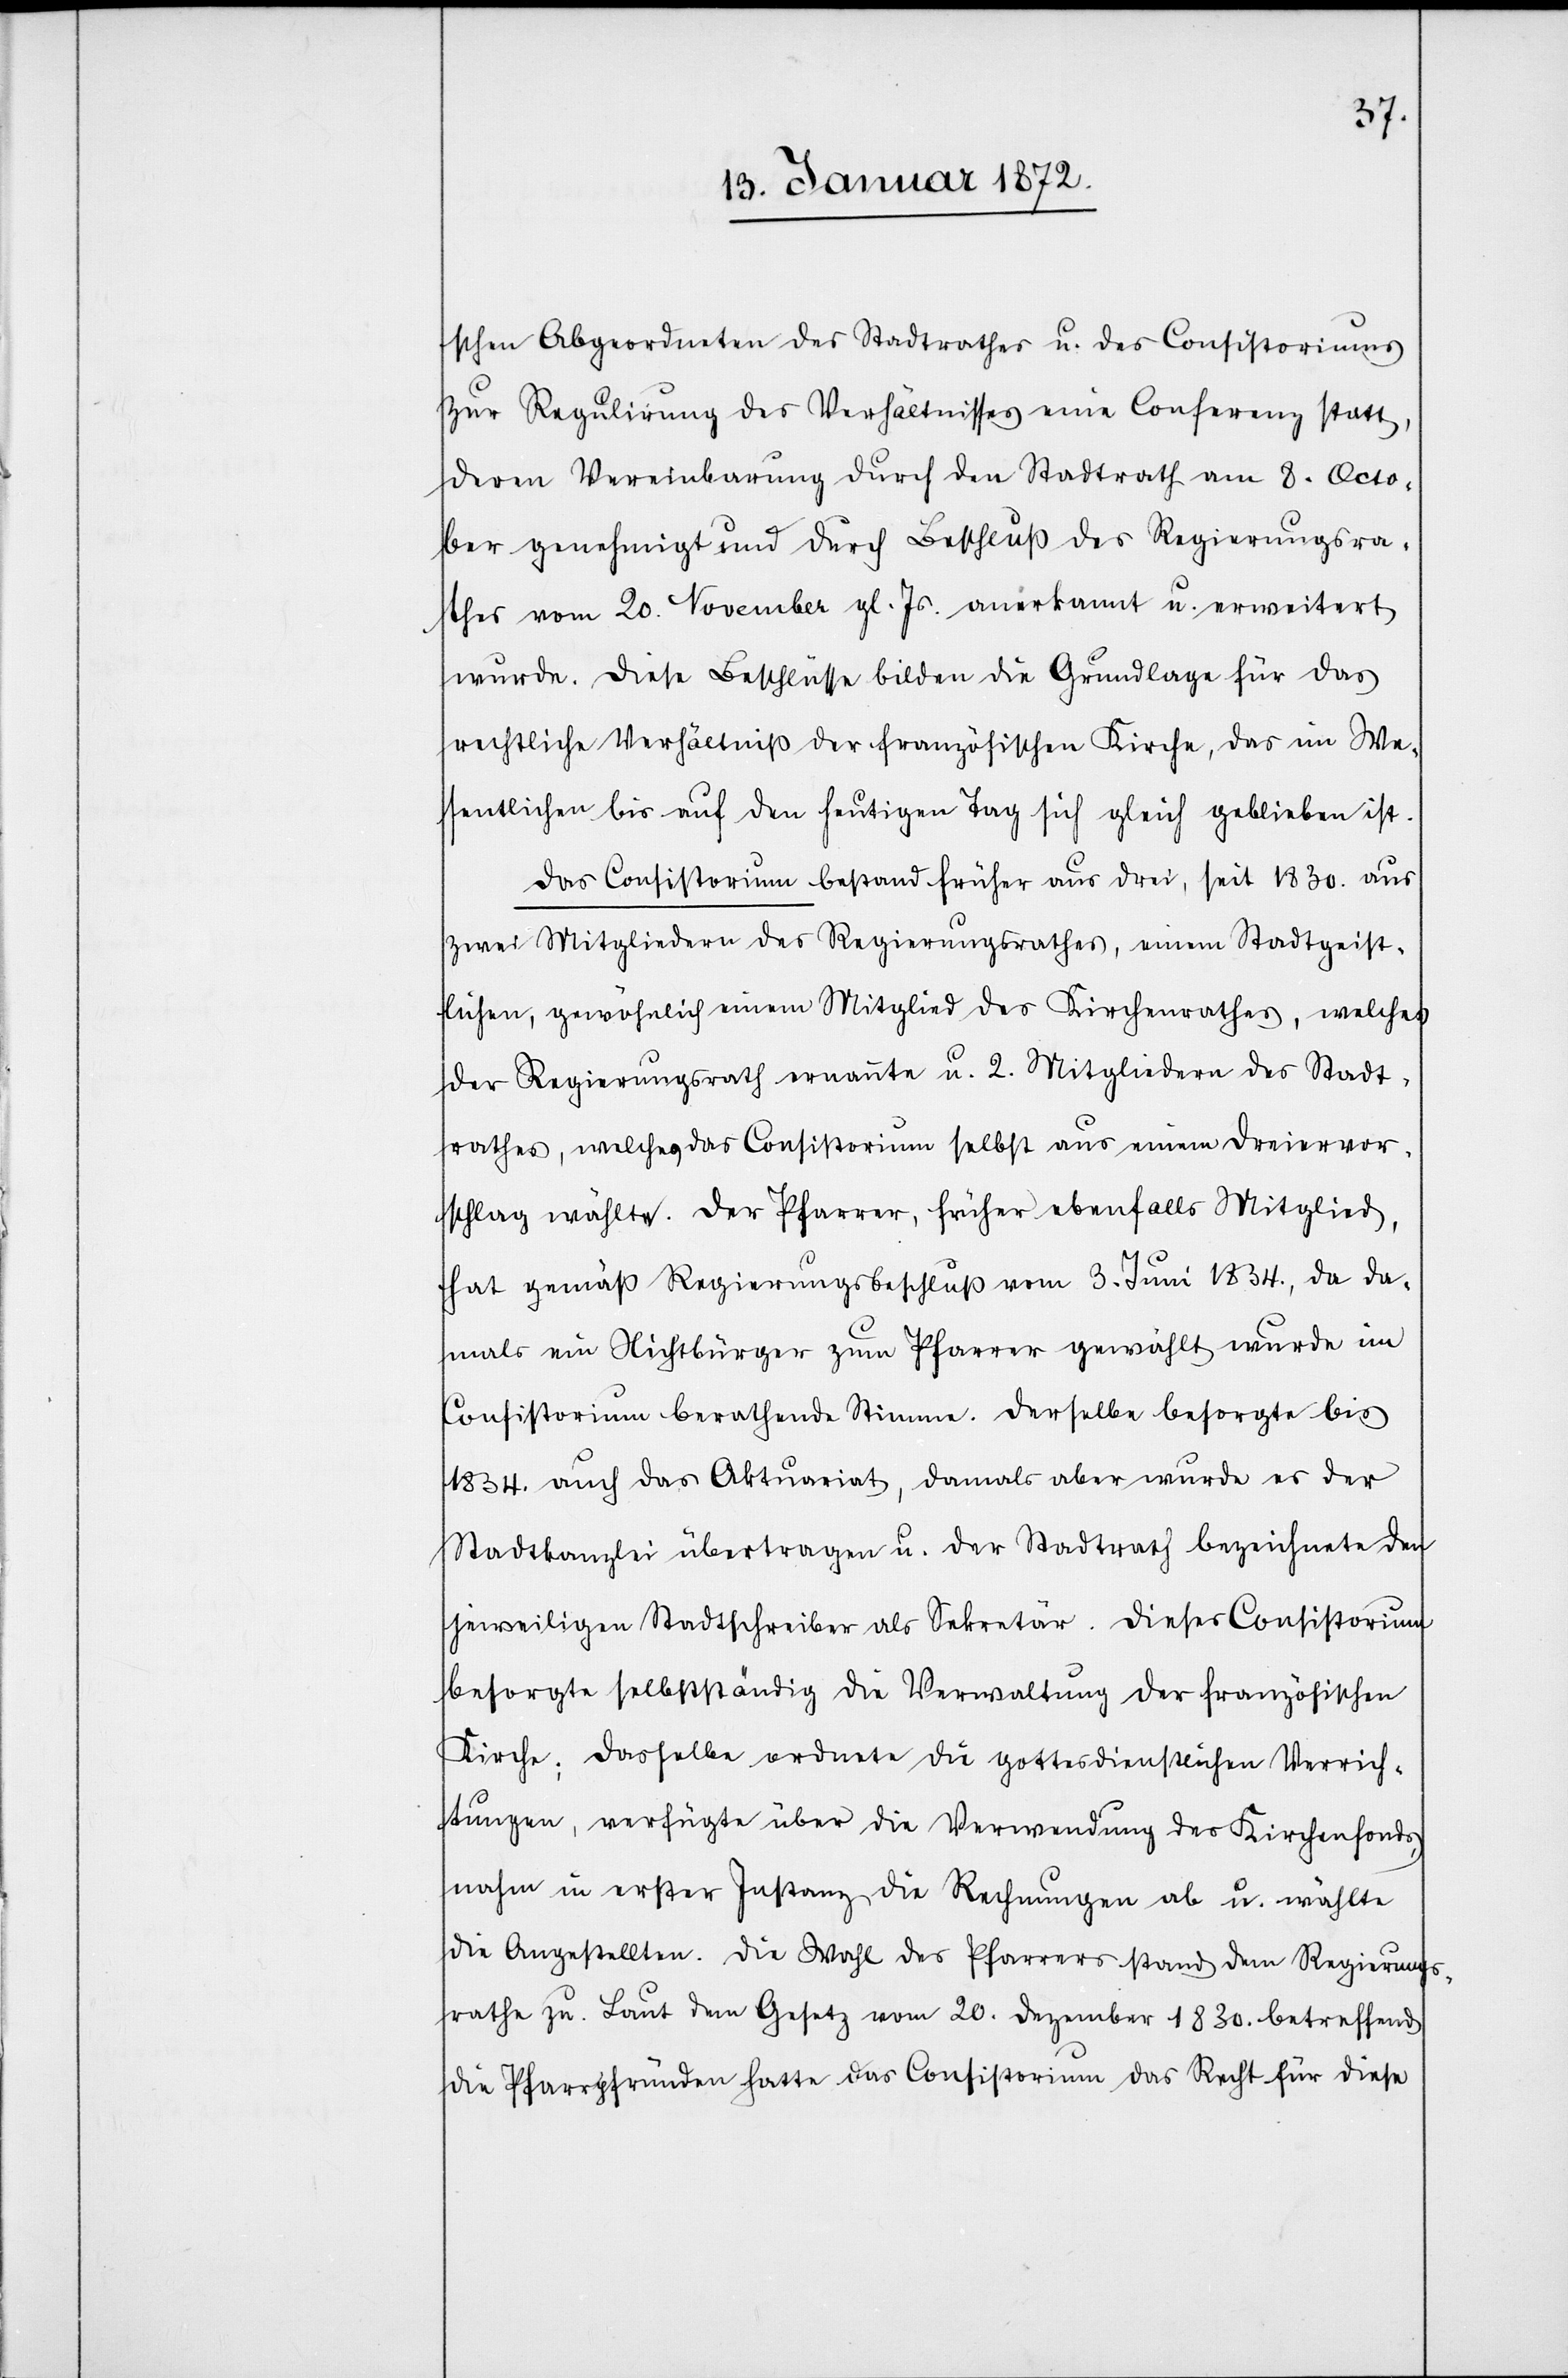
schen Abgeordneten des Stadtrathes u. des Consistoriums
zur Regulierung des Verhältnisses eine Conferenz statt,
deren Vereinbarung durch den Stadtrath am 8. Octo¬
ber genehmigt und durch Beschluß des Regierungsra¬
thes vom 20. November gl. Js. anerkannt u. erweitert
wurde. Diese Beschlüsse bilden die Grundlage für das
rechtliche Verhältniß der französischen Kirche, das im We¬
sentlichen bis auf den heutigen Tag sich gleich geblieben ist.
Das Consistorium bestand früher aus drei, seit 1830. aus
zwei Mitglieder des Regierungsrathes, einem Stadtgeist¬
lichen, gewöhnlich einem Mitglied des Kirchenrathes, welches
der Regierungsrath ernannte u. 2. Mitgliedern des Stadt¬
rathes, welches das Consistorium selbst aus einem Dreiervor¬
schlag wählte. Der Pfarrer, früher ebenfalls Mitglied,
hat gemäß Regierungsbeschluß vom 3. Juni 1834., da da¬
mals ein Nichtbürger zum Pfarrer gemwählt wurde im
Consistorium berathende Stimme. Derselben besorgte bis
1834. auch das Aktuariat, damals aber wurde es der
Stadtkanzlei übertragen u. der Stadtrath bezeichete den
jeweiligen Stadtschreiber als Sekretär. Dieses Consistorium
besorgte selbstständig die Verwaltung der französischen
Kirche; dasselbe ordnete die gottesdienstlichen Verrich¬
tungen, verfügte über die Verwendung des Kirchenfonds,
nahm in erster Instanz die Rechnungen ab u. wählte
die Angestellten. Die Wahl des Pfarrers stand dem Regierungs¬
rathe zu. Laut dem Gesetz vom 20. Dezember 1830. betreffend
die Pfarrpfründen hatte das Consistorium das Recht für diese